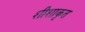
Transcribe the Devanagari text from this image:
शीशाकृत